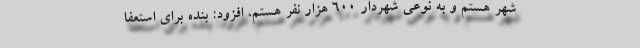
شهر هستم و به نوعی شهردار ۶۰۰ هزار نفر هستم، افزود: بنده برای استعفا